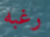
رغبه